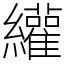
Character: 䌯